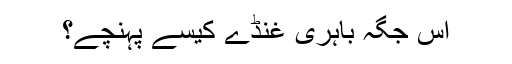
اس جگہ باہری غنڈے کیسے پہنچے؟